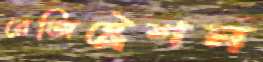
রেজিষ্ট্রেশন